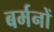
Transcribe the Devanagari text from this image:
बर्मनों